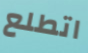
اتطلع